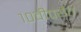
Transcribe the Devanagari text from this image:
१०वीपर्यंत